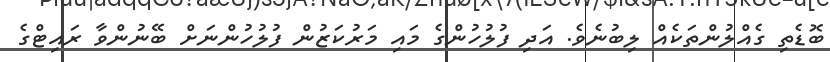
ބޮޑެތި ގެއްލުންތަކެއް ލިބުނެވެ. އަދި ފުލުހުންގެ މައި މަރުކަޒުން ފުލުހުންނަށް ބޭނުންވާ ރައިޓްގެ